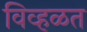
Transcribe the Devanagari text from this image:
विव्हळत